Report on vaccination in Madras 1877-1894 - 1877-1894
Year: 1877
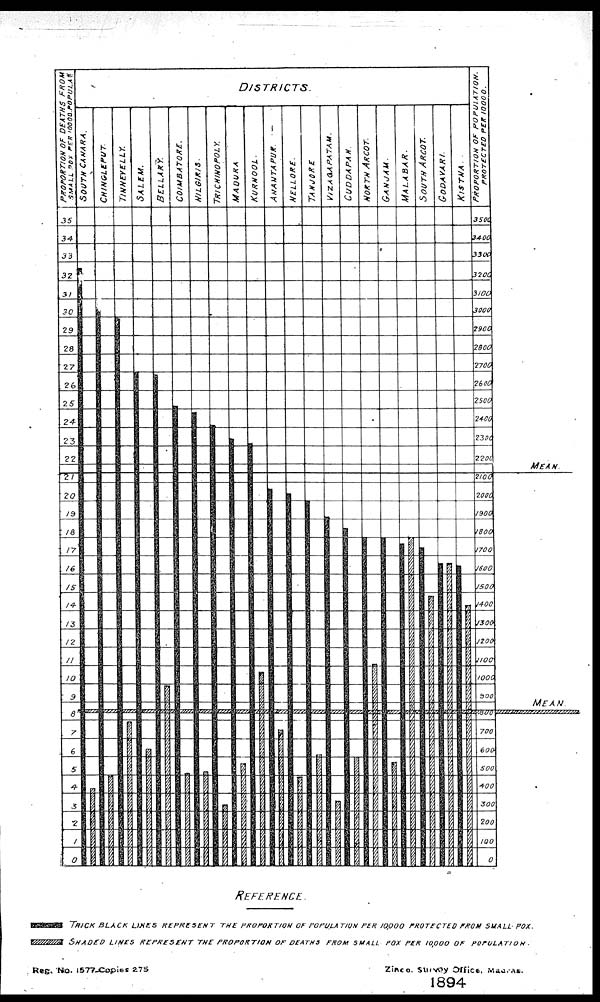
Reg. No. 1577-Copies 275
Zinco. Survey Office. Madras.
1894